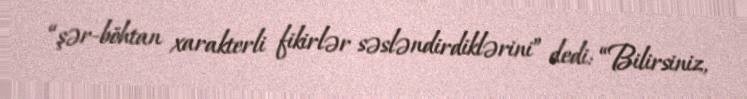
“şər-böhtan xarakterli fikirlər səsləndirdiklərini” dedi: “Bilirsiniz,